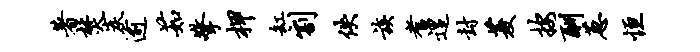
著焚炭逾茹擎柙缸割佚族耆遑封菱按酬葱恒